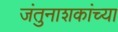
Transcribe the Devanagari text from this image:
जंतुनाशकांच्या